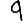
Digit: 9